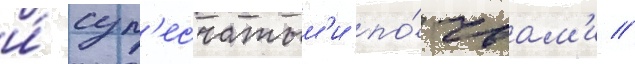
и́ суп'есчатым'и по́чвам'и //